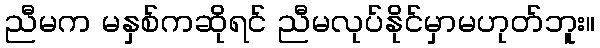
ညီမက မနှစ်ကဆိုရင် ညီမလုပ်နိုင်မှာမဟုတ်ဘူး။